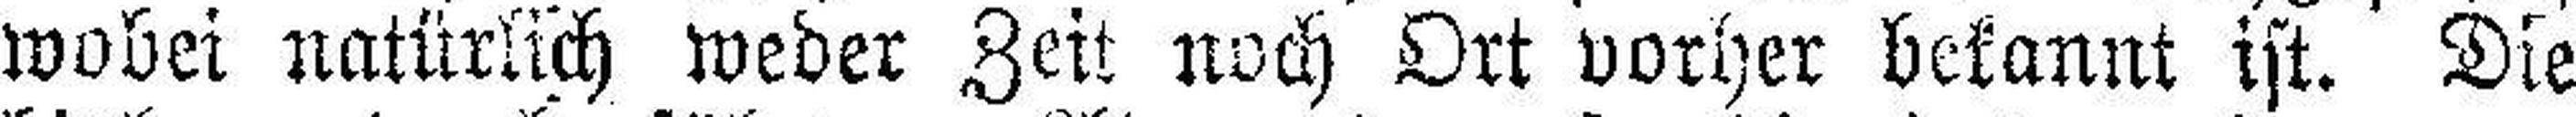
wobei natürlich weder Zeit noch Ort vorher bekannt ist. Die